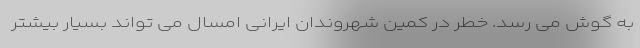
به گوش می رسد. خطر در کمین شهروندان ایرانی امسال می تواند بسیار بیشتر